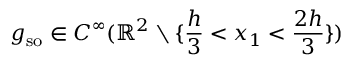
g _ { \mathrm { s o } } \in C ^ { \infty } ( \mathbb { R } ^ { 2 } \setminus \{ \frac { h } { 3 } < x _ { 1 } < \frac { 2 h } { 3 } \} )